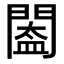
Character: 𨵵